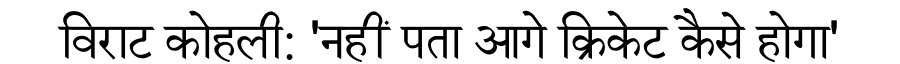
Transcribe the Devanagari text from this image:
विराट कोहली: 'नहीं पता आगे क्रिकेट कैसे होगा'